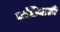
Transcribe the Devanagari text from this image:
कांडियाली